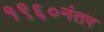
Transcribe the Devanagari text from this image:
१९६०नंतर